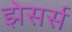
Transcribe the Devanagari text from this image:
झेसर्स